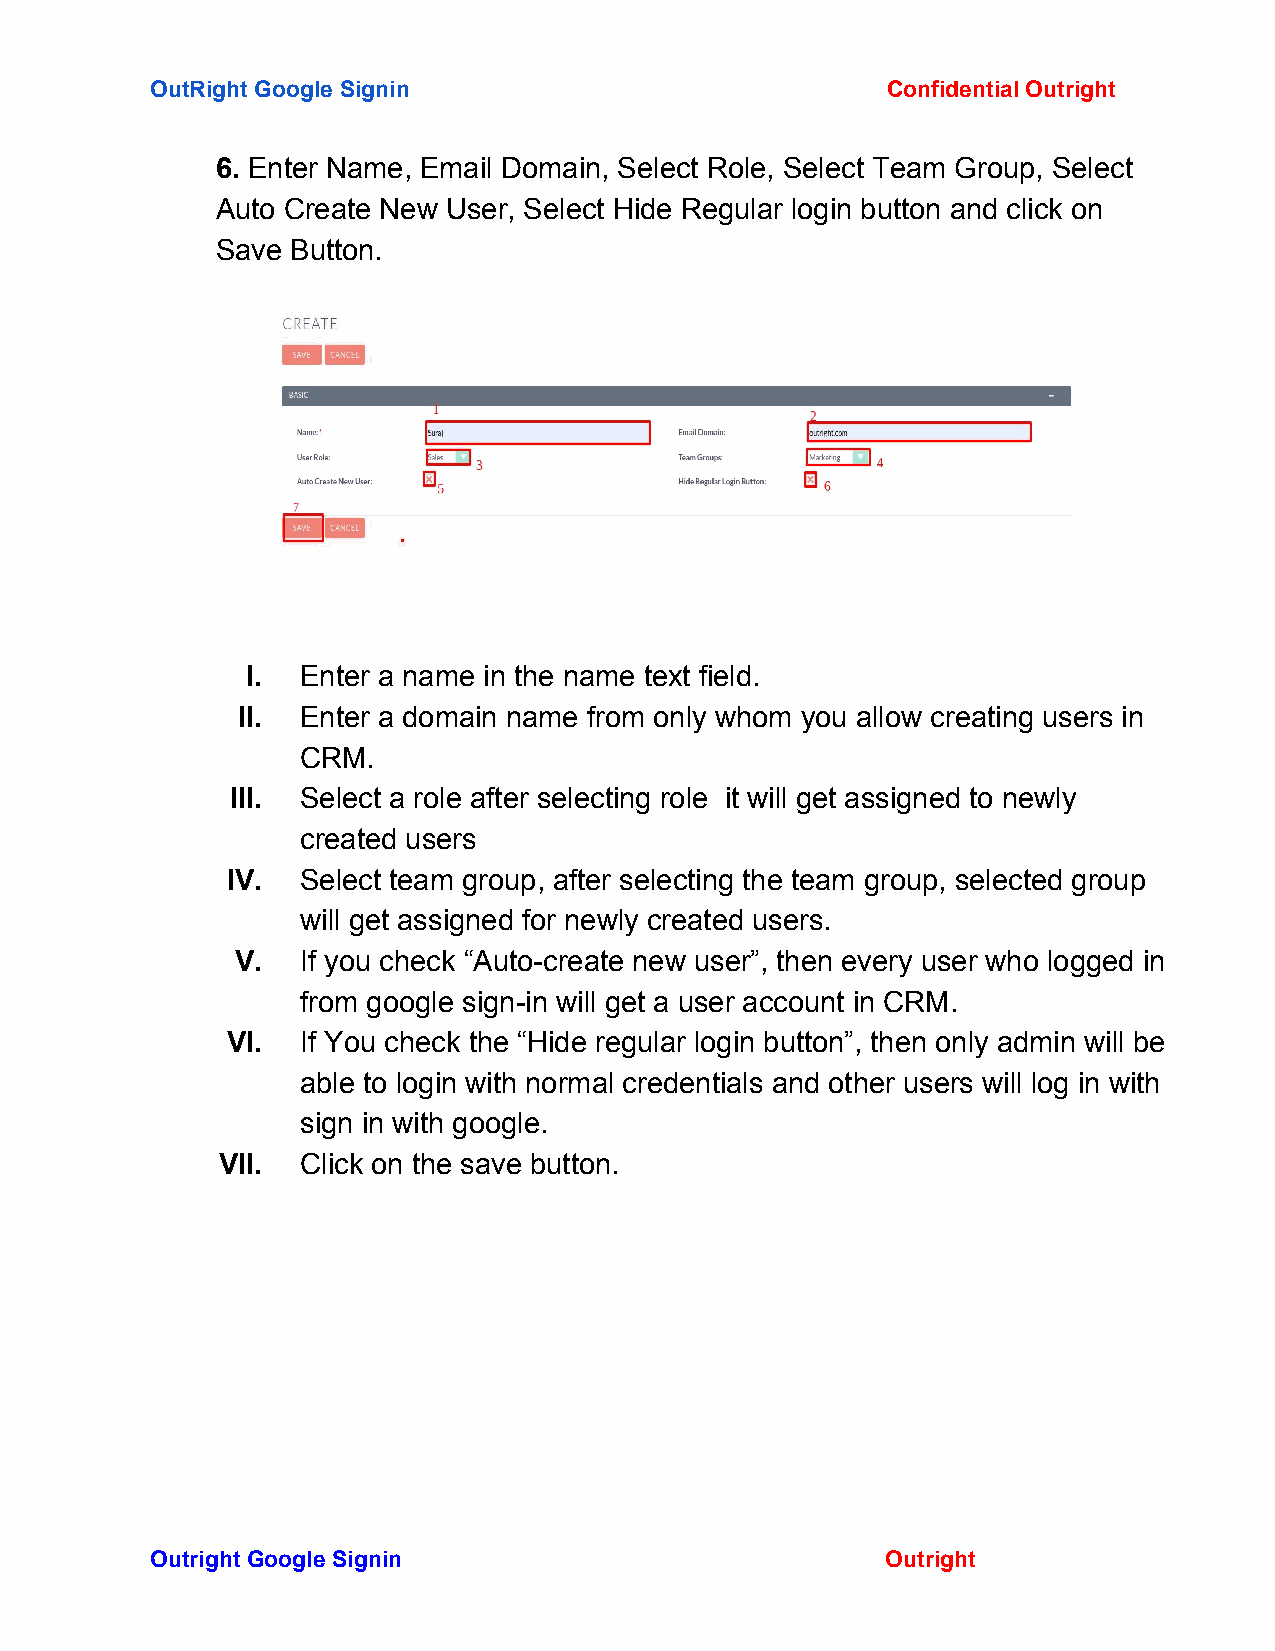
OutRight Google Signin                           Confidential Outright
 ​                               ​
 6. Enter Name, Email Domain, Select Role, Select Team Group, Select
 ​
 Auto Create New User, Select Hide Regular login button and click on
 Save Button.
 I.  Enter a name in the name text field.
 II. Enter a domain name from only whom you allow creating users in
 CRM.
 III. Select a role after selecting role it will get assigned to newly
 created users
 IV.  Select team group, after selecting the team group, selected group
 will get assigned for newly created users.
 V.  If you check “Auto-create new user”, then every user who logged in
 from google sign-in will get a user account in CRM.
 VI.  If You check the “Hide regular login button”, then only admin will be
 able to login with normal credentials and other users will log in with
 sign in with google.
 VII.  Click on the save button.
 Outright Google Signin                           Outright
 ​